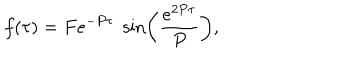
f ( \tau ) = F e ^ { - P \tau } \; \sin \left( \frac { e ^ { 2 P \tau } } { P } \right) ,